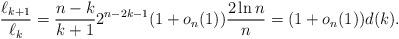
LaTeX: \begin{align*} \frac{\ell_{k+1}}{\ell_k} =\frac{n - k}{k + 1} 2^{n -2k -1} (1 + o_n(1))\frac{2\ln n}{n} = (1 + o_n(1)) d(k). \end{align*}